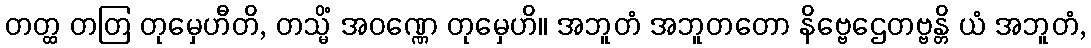
တတ္ထ တတြ တုမှေဟီတိ, တသ္မိံ အဝဏ္ဏေ တုမှေဟိ။ အဘူတံ အဘူတတော နိဗ္ဗေဌေတဗ္ဗန္တိ ယံ အဘူတံ,